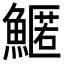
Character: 𩺱